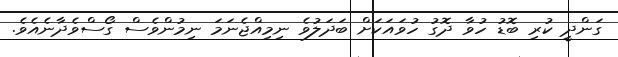
ގަންދީ ކުރި ބޮޑު ހުވާ ދޮގު ހުވައަކަށް ބަދަލުވެ ނިމިއްޖެނަމަ ނިމުންވެސް ގޯސްވެދާނެއެވެ.